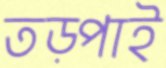
তড়্‌পাই